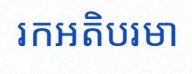
រកអតិបរមា